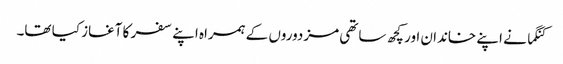
کنگما نے اپنے خاندان اور کچھ ساتھی مزدوروں کے ہمراہ اپنے سفر کا آغاز کیا تھا۔